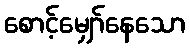
စောင့်မျှော်နေသော